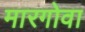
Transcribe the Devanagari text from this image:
मारगोवा